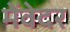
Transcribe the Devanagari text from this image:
मेंवेदर